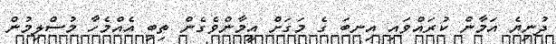
ދުނިޔެ އަމާން ކުރައްވައި އިނބަ ގެ މަގަށް އީމާންވެގެން ތިބި އެއްމެހާ މުސްލިމުން